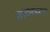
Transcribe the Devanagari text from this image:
ताटकळत